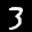
Label: 3